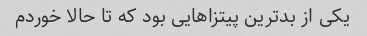
یکی از بدترین پیتزاهایی بود که تا حالا خوردم